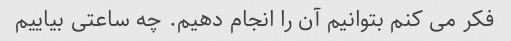
فکر می کنم بتوانیم آن را انجام دهیم. چه ساعتی بیاییم